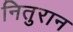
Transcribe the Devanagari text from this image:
नितुरान